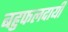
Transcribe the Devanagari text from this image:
बहुफलदायी